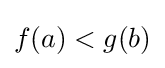
f(a)<g(b)